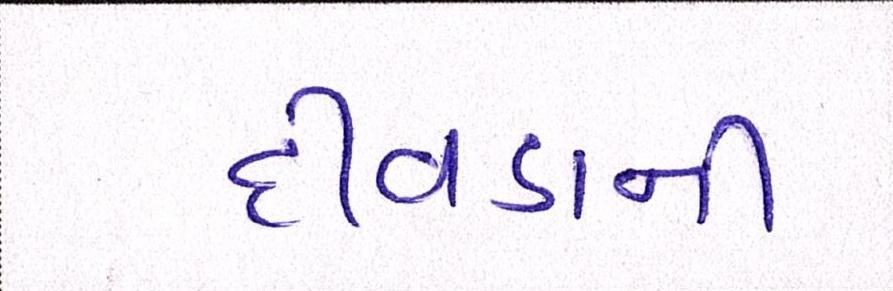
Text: દીવડાની